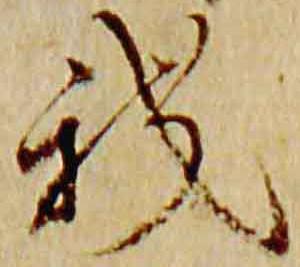
我